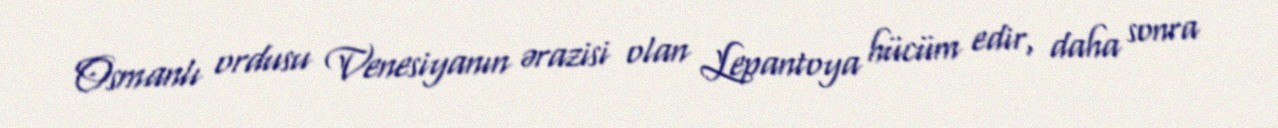
Osmanlı ordusu Venesiyanın ərazisi olan Lepantoya hücüm edir, daha sonra